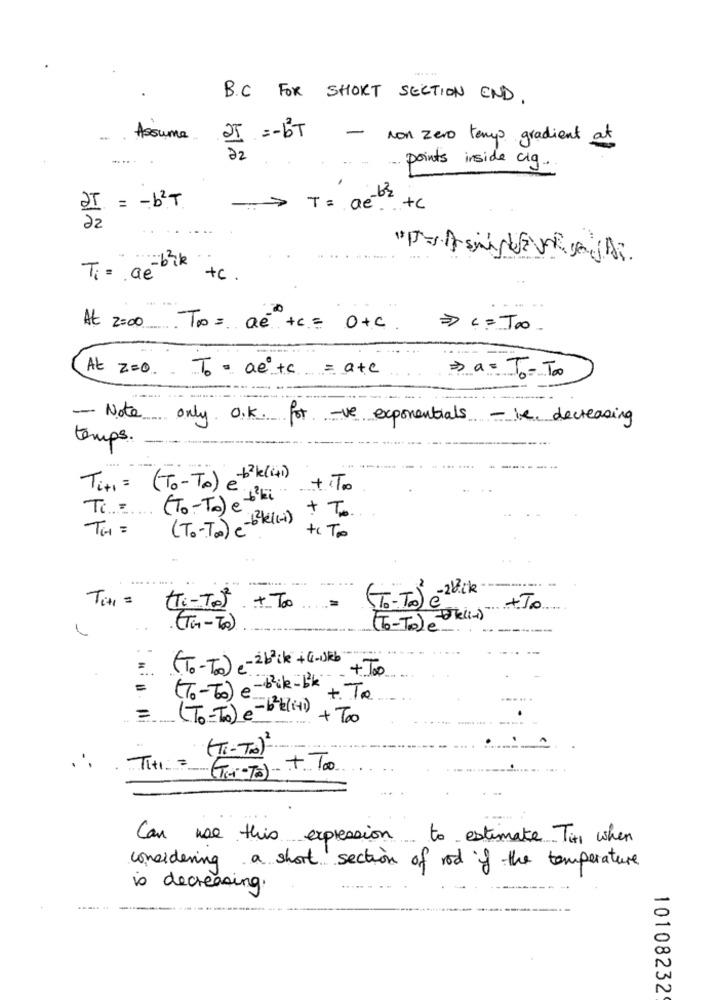
B.C FOR SHORT SECTION END.
Assume
25 =- BT
- non zero temps gradient at
22
points inside ciq.
T = ae +c
"[J= AsiVEVRA Di
Ti= ae-bik
+c .
At 2:00_ To= ae +c= O+c.
=> < = Too.
At z=o. To - ae +c = a+c
>> a= To - To
- Note only. O.K. for -ve exponentials -le decreasing
temps.
Titi = (To-To) e +21 (41)
Ti= (To-To) e +3ki +T
(To-To3) -64 (+) + T
TH =
+c To
Titi =
(Ti-TO). + T0
+To
.(Tin-To)
(To-Tolé
(To-To) e-2b2ck +G-Ukb
. + Too
=
(7-60) e-bike-Lk + To
=(To-To) e-bk(+) + Too
( TI - To) ?
Titi (T-TO) + TOO
Can use this expression to estimate Til when
considering a short section of rod if the temperature
is decreasing.
10108232